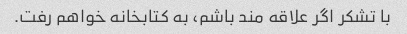
با تشکر اگر علاقه مند باشم، به کتابخانه خواهم رفت.